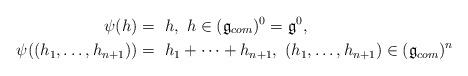
LaTeX: \begin{align*}\psi (h ) =~& h, ~ h \in (\mathfrak{g}_{com})^0 = \mathfrak{g}^0,\\\psi ((h_1, \ldots, h_{n+1})) =~& h_1 + \cdots + h_{n+1},~ (h_1, \ldots, h_{n+1}) \in (\mathfrak{g}_{com})^n\end{align*}